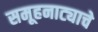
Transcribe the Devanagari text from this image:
समूहनाट्याचे